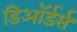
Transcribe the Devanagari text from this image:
डिऑर्डर्स